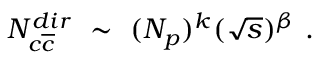
N _ { c \overline { { { c } } } } ^ { d i r } ~ \sim ~ ( N _ { p } ) ^ { k } ( \sqrt { s } ) ^ { \beta } ~ .